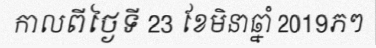
កាលពីថ្ងៃទី 23 ខែមិនាឆ្នាំ 2019ភៗ